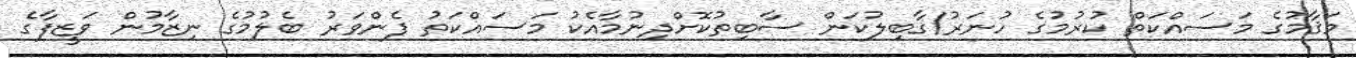
މަޤާމުގެ މަސައްކަތް ކުރުމުގެ ހުނަރު/ޤާބިލުކަން ސާބިތުކޮށްދިނުމާއެކު މަސައްކަތު ފެންވަރު ބެލުމުގެ ނިޒާމުން ވަޒީފާގެ